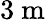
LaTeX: \mathrm{3~m}